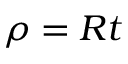
\rho = R t